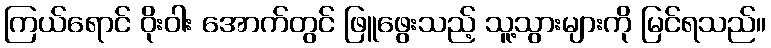
ကြယ်ရောင် ဝိုးဝါး အောက်တွင် ဖြူဖွေးသည့် သူ့သွားများကို မြင်ရသည်။